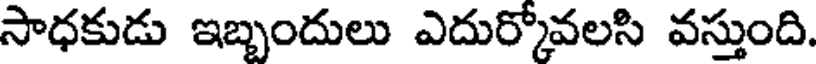
సాధకుడు ఇబ్బందులు ఎదుర్కోవలసి వస్తుంది.